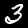
Digit: 3